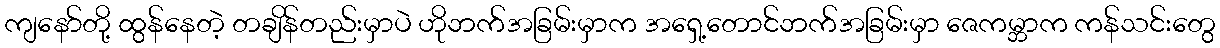
ကျနော်တို့ ထွန်နေတဲ့ တချိန်တည်းမှာပဲ ဟိုဘက်အခြမ်းမှာက အရှေ့တောင်ဘက်အခြမ်းမှာ ဇေကမ္ဘာက ကန်သင်းတွေ